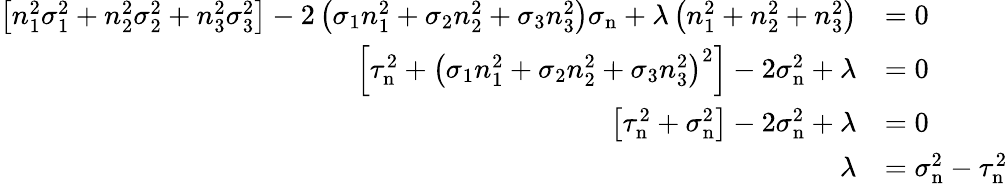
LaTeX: {\begin{array}{rl}{\left[n_{1}^{2}\sigma_{1}^{2}+n_{2}^{2}\sigma_{2}^{2}+n_{3}^{2}\sigma_{3}^{2}\right]-2\left(\sigma_{1}n_{1}^{2}+\sigma_{2}n_{2}^{2}+\sigma_{3}n_{3}^{2}\right)\sigma_{\mathrm{n}}+\lambda\left(n_{1}^{2}+n_{2}^{2}+n_{3}^{2}\right)}&{=0}\\ {\left[\tau_{\mathrm{n}}^{2}+\left(\sigma_{1}n_{1}^{2}+\sigma_{2}n_{2}^{2}+\sigma_{3}n_{3}^{2}\right)^{2}\right]-2\sigma_{\mathrm{n}}^{2}+\lambda}&{=0}\\ {\left[\tau_{\mathrm{n}}^{2}+\sigma_{\mathrm{n}}^{2}\right]-2\sigma_{\mathrm{n}}^{2}+\lambda}&{=0}\\ {\lambda}&{=\sigma_{\mathrm{n}}^{2}-\tau_{\mathrm{n}}^{2}}\end{array}}